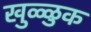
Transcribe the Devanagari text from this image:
खुळ्ळुक